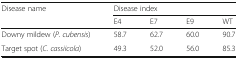
<table><thead><tr><td rowspan="2"><b>Disease name</b></td><td colspan="4"><b>Disease index</b></td></tr><tr><td><b>E4</b></td><td><b>E7</b></td><td><b>E9</b></td><td><b>WT</b></td></tr></thead><tbody><tr><td>Downy mildew (<i>P. cubensis</i>)</td><td>58.7</td><td>62.7</td><td>60.0</td><td>90.7</td></tr><tr><td>Target spot (<i>C. cassiicola</i>)</td><td>49.3</td><td>52.0</td><td>56.0</td><td>85.3</td></tr></tbody></table>